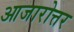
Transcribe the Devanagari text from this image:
आजारोत्तर